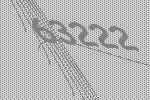
63222